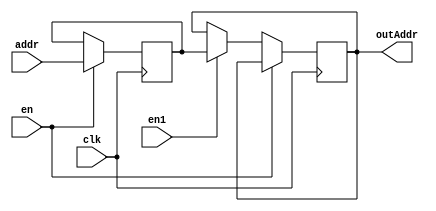
module MAR(clk,addr,en,en1,outAddr);
input[15:0] addr;
input clk,en,en1;
output[15:0] outAddr;
reg[15:0] store,outAddr;

always@(posedge clk)
begin
if(en) begin
store<=addr; end
else if(en1) begin
outAddr<=store; end
end

endmodule